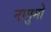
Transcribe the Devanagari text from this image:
नागुमो